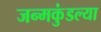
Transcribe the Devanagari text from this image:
जन्मकुंडल्या